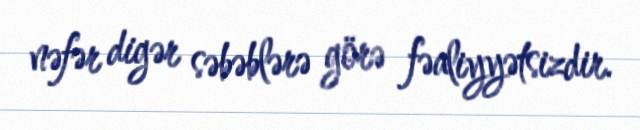
nəfər digər səbəblərə görə fəaliyyətsizdir.